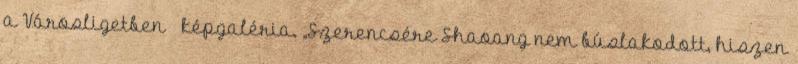
a Városligetben – képgaléria. „Szerencsére Shaoang nem búslakodott, hiszen